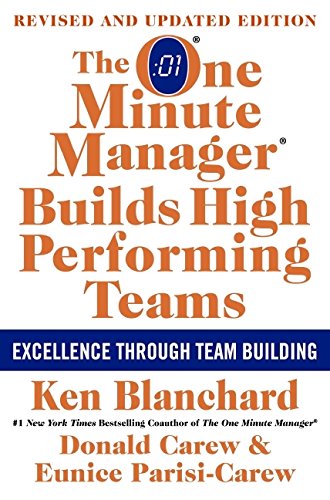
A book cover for The One Minute Manager Builds High Performing Teams: New and Revised Edition; Ken Blanchard; Business & Money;